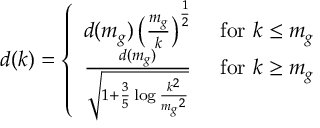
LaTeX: d ( k ) = \left\{ \begin{array} { c c } { { d ( m _ { g } ) \left( { \frac { m _ { g } } { k } } \right) ^ { \frac { 1 } { 2 } } } } & { { \mathrm { ~ f o r ~ } k \le m _ { g } } } \\ { { { \frac { d ( m _ { g } ) } { \sqrt { 1 + { \frac { 3 } { 5 } } \log { \frac { k ^ { 2 } } { { m _ { g } } ^ { 2 } } } } } } } } & { { \mathrm { ~ f o r ~ } k \ge m _ { g } } } \end{array} \right.